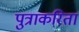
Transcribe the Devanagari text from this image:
पुत्राकरिता